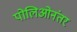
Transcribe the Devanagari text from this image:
पोलिओनंतर